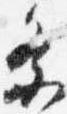
祭